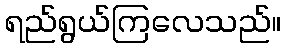
ရည်ရွယ်ကြလေသည်။